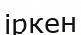
іркен